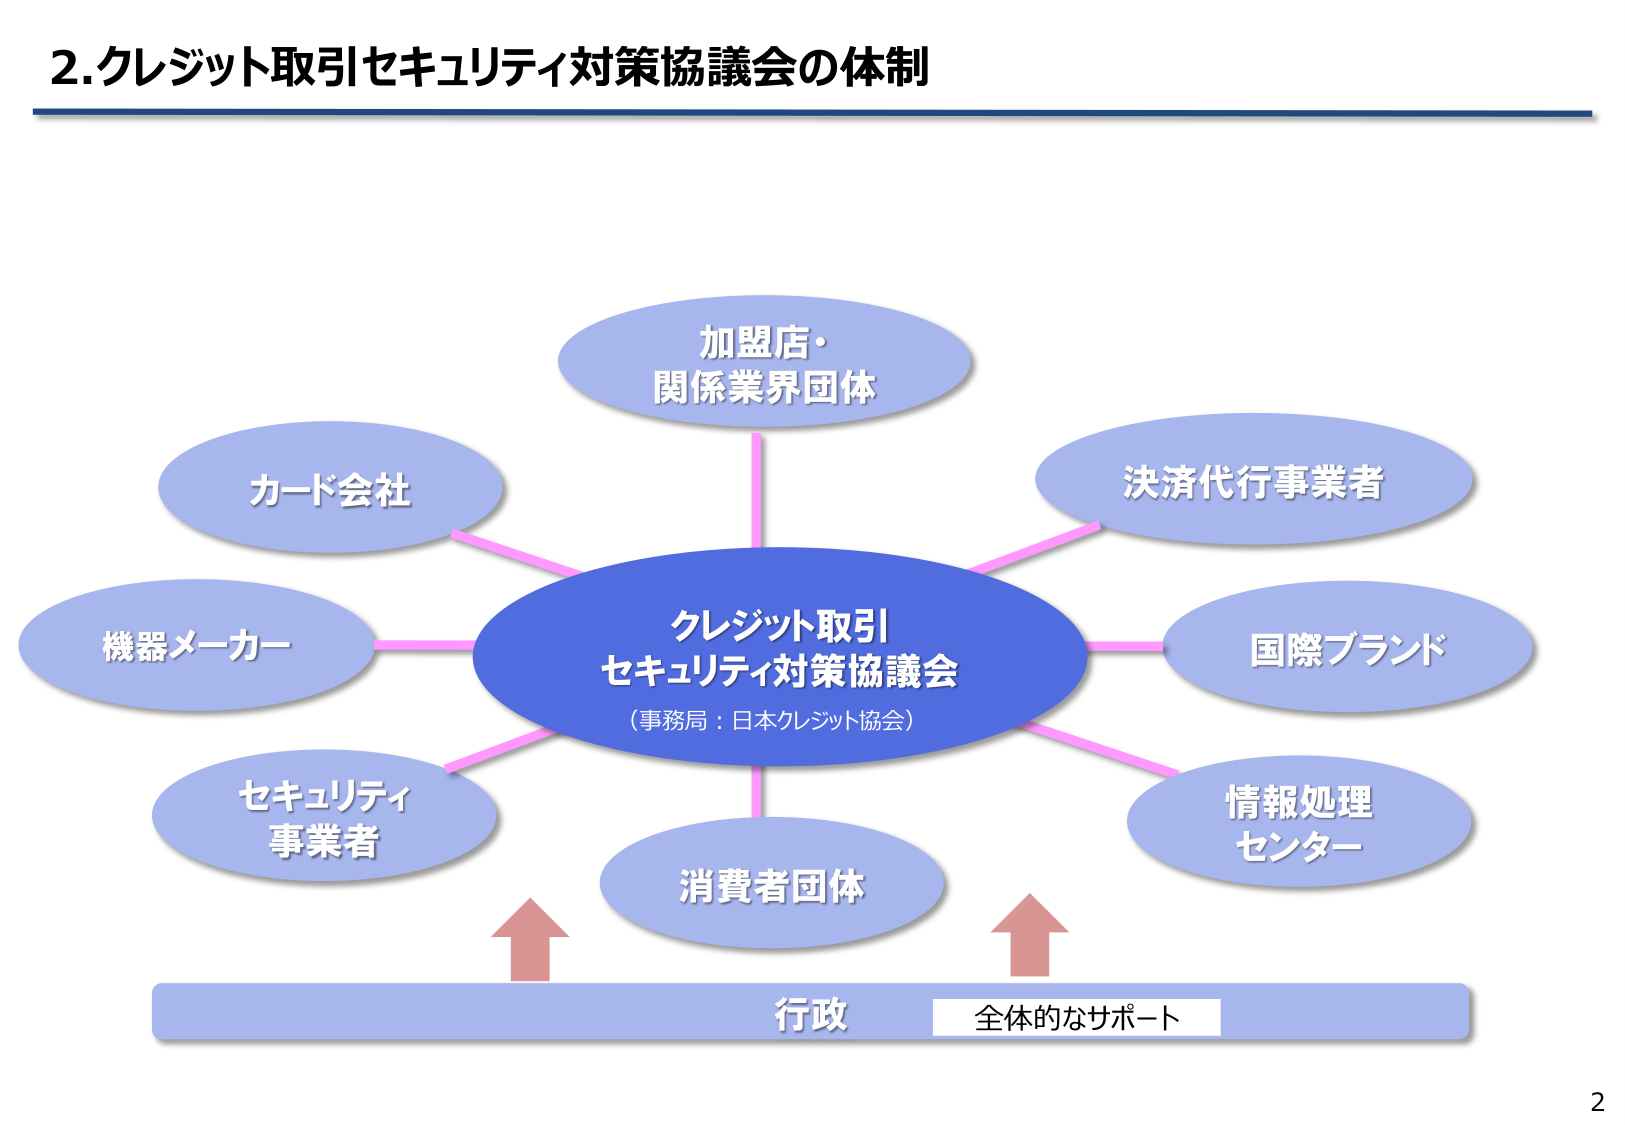
2.クレジット取引セキュリティ対策協議会の体制

加盟店・
関係業界団体

カード会社

決済代行事業者

機器メーカー

クレジット取引
セキュリティ対策協議会
（事務局：日本クレジット協会）

国際ブランド

セキュリティ
事業者

情報処理
センター

消費者団体

行政
全体的なサポート

2